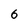
Character: 6